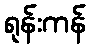
ရုန်းကန်